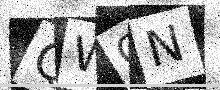
Text: QWCN